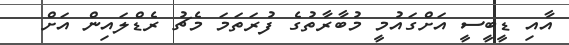
އާއި ޑީބީސީ އަށްގައުމީ މުބާރާތުގެ ފުރަތަމަ މެޗު ރެޑްލައިން އަށް